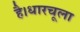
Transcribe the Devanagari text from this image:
है।धारचूला